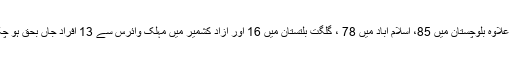
اس کے علاوہ بلوچستان میں 85، اسلام آباد میں 78 ، گلگت بلتستان میں 16 اور آزاد کشمیر میں مہلک وائرس سے 13 افراد جاں بحق ہو چکے ہیں۔